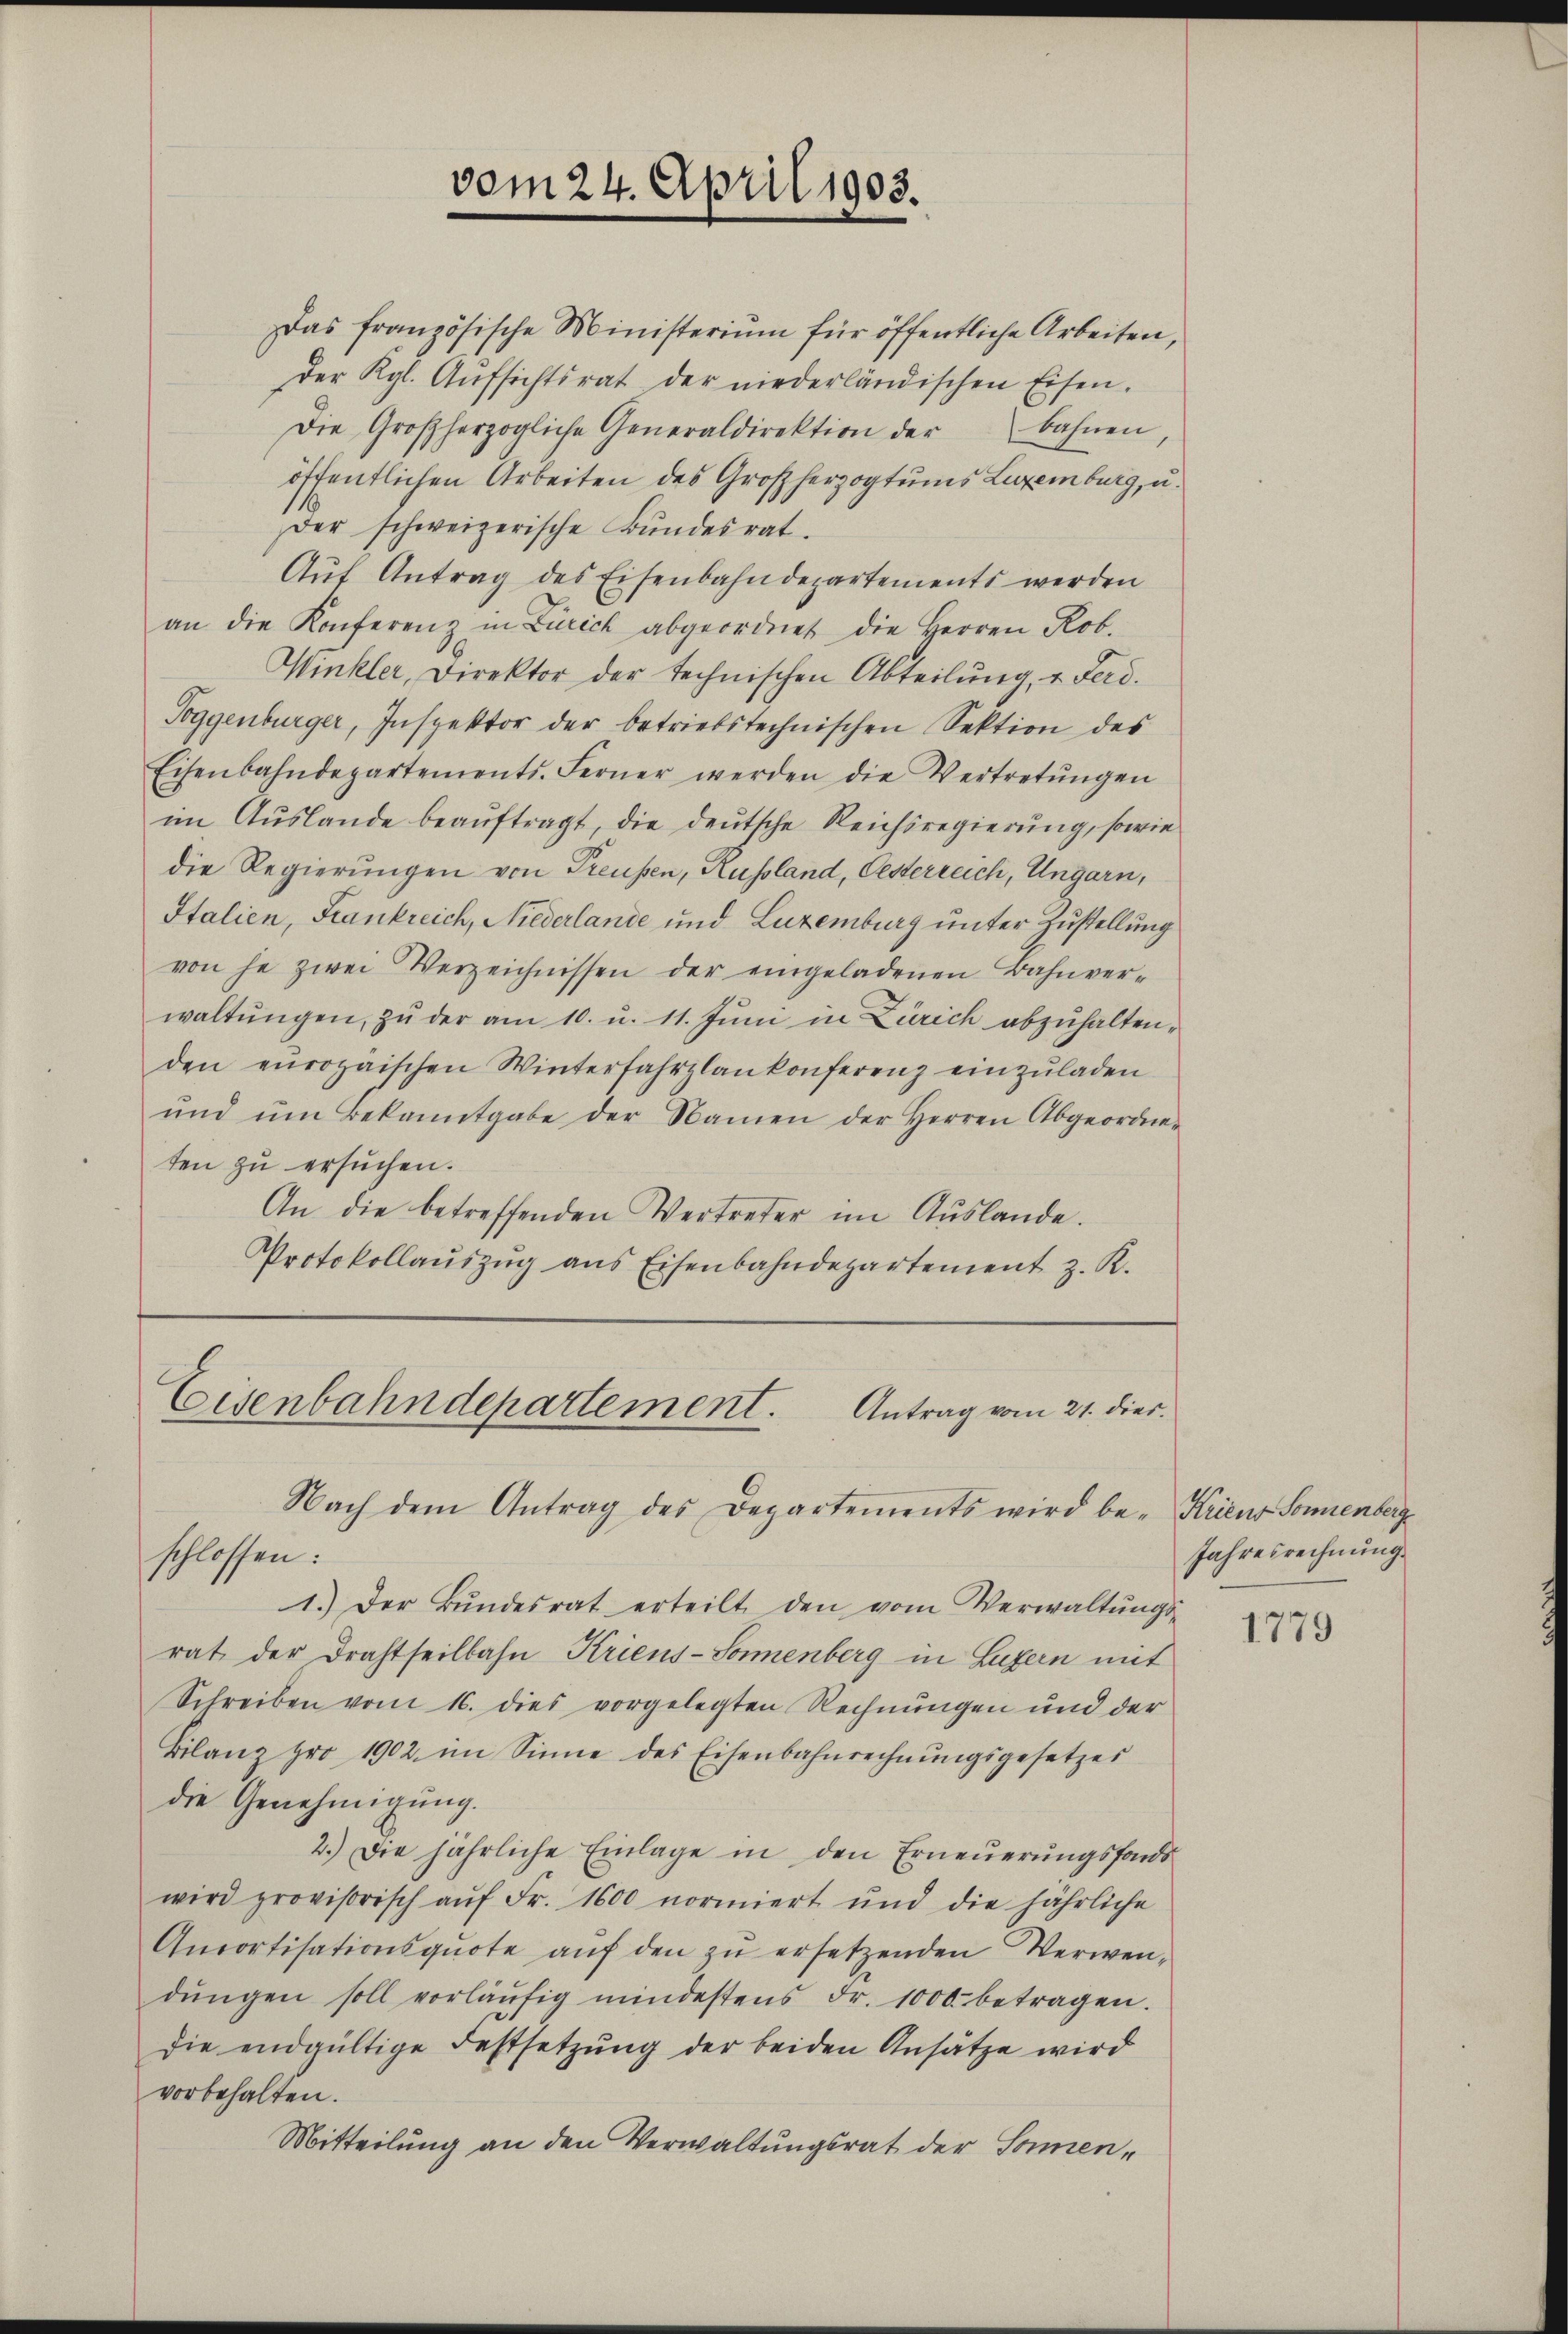
Das französische Ministerium für öffentliche Arbeiten,
der Kgl. Aŭfsichtsrat der niederländischen Eisen.
Die Großherzogliche Generaldirektion der bahnen,
öffentlichen Arbeiten des Großherzogtums Luxenburg, u.
der schweizerische Bŭndesrat.
Aŭf Antrag des Eisenbahndepartements werden
an die Konferenz in Zürich abgeordnet die Herren Rob.
Winkler, Direktor der technischen Abteilung, u. Ferd.
Toggenburger, Inspektor der betriebstechnischen Sektion des
Eisenbahndepartements. Ferner werden die Vertretŭngen
im Auslande beauftragt, die deutsche Reichsregierung, sowie
die Regierungen von Treusen, Russland, Gesterreich, Ungarn,
Italien, Frankreich, Niederlande und Luzemburg unter Zustellung
von je zwei Verzeichnissen der eingeladenen Bahnver-
waltŭngen, zu der am 10. u. 11. Juni in Zürich abzuhalten,
den europäischen Winterfahrplankonferenz einzuladen
ŭnd ŭm Bekanntgabe der Namen der Herren Abgeordne-
ten zu ersuchen.
An die betreffenden Vertreter im Aŭslande.
Protokollaŭszŭg ans Eisenbahndepartement z. K.

vom 24. April 1903.

Eisenbahndepartement. Antrag vom 21. dies
Nach dem Antrag des Departements wird be- Kriens Sonnenberg

schlossen:
1.) Der Bŭndesrat erteilt den vom Verwaltŭngs-
rat der Drahtheilbahn Kriens-Sonnenberg in Luzern mit
Schreiben vom 16. dies vorgelegten Rechnungen und der
Bilanz pro 1902 im Sinne des Eisenbahnrechnŭngsgesetzes
die Genehmigung.
2.) Die jährliche Einlage in den Erneuerungsfonds
wird provisorisch aŭf Fr. 1600 normiert und die jährliche
Amortisationsqŭote aŭf den zŭ ersetzenden Verwendŭngen soll vorläŭfig mindestens Fr. 1000 betragen.
die endgültige Festsetzung der beiden Ansätze wird
vorbehalten.
Mitteilung an den Verwaltungsrat der Sonnen¬

Jahresrechnung

1779